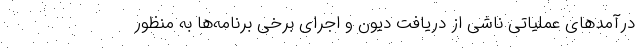
درآمدهای عملیاتی ناشی از دریافت دیون و اجرای برخی برنامه‌ها به منظور